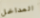
المداخل